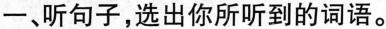
一、听句子，选出你所听到的词语。